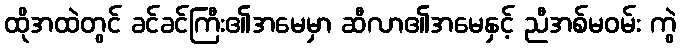
ထိုအထဲတွင် ခင်ခင်ကြီး၏အမေမှာ ဆီလာ၏အမေနှင့် ညီအစ်မဝမ်း ကွဲ